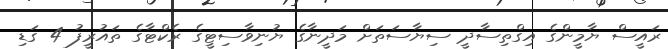
ރައީސް ޔާމީންގެ އިގްތިސާދީ ސިޔާސަތަަށް މަދީނާގެ ޔުނިވާސިޓީގެ ރެކްޓާގެ ތައުރީފު 4 ގަޑި